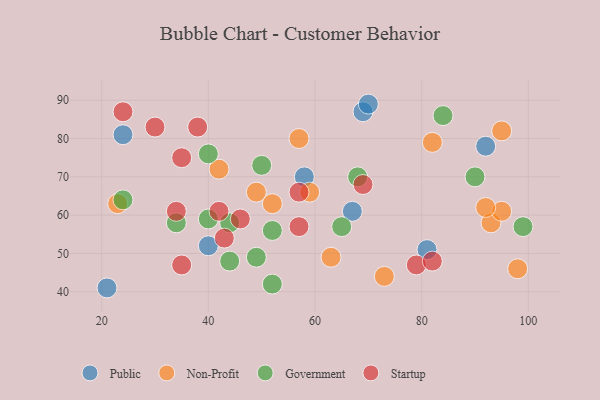
{"axis": {"x": "GDP", "y": "Life Expectancy"}, "legend": ["Government", "Non-Profit", "Public", "Startup"], "data": [{"x": "58", "y": 70, "type": "Public"}, {"x": "21", "y": 41, "type": "Public"}, {"x": "69", "y": 87, "type": "Public"}, {"x": "40", "y": 52, "type": "Public"}, {"x": "67", "y": 61, "type": "Public"}, {"x": "92", "y": 78, "type": "Public"}, {"x": "70", "y": 89, "type": "Public"}, {"x": "81", "y": 51, "type": "Public"}, {"x": "24", "y": 81, "type": "Public"}, {"x": "73", "y": 44, "type": "Non-Profit"}, {"x": "52", "y": 63, "type": "Non-Profit"}, {"x": "49", "y": 66, "type": "Non-Profit"}, {"x": "42", "y": 72, "type": "Non-Profit"}, {"x": "23", "y": 63, "type": "Non-Profit"}, {"x": "95", "y": 82, "type": "Non-Profit"}, {"x": "93", "y": 58, "type": "Non-Profit"}, {"x": "98", "y": 46, "type": "Non-Profit"}, {"x": "57", "y": 80, "type": "Non-Profit"}, {"x": "95", "y": 61, "type": "Non-Profit"}, {"x": "59", "y": 66, "type": "Non-Profit"}, {"x": "82", "y": 79, "type": "Non-Profit"}, {"x": "63", "y": 49, "type": "Non-Profit"}, {"x": "92", "y": 62, "type": "Non-Profit"}, {"x": "40", "y": 59, "type": "Government"}, {"x": "50", "y": 73, "type": "Government"}, {"x": "52", "y": 42, "type": "Government"}, {"x": "34", "y": 58, "type": "Government"}, {"x": "84", "y": 86, "type": "Government"}, {"x": "65", "y": 57, "type": "Government"}, {"x": "24", "y": 64, "type": "Government"}, {"x": "99", "y": 57, "type": "Government"}, {"x": "52", "y": 56, "type": "Government"}, {"x": "68", "y": 70, "type": "Government"}, {"x": "49", "y": 49, "type": "Government"}, {"x": "44", "y": 58, "type": "Government"}, {"x": "44", "y": 48, "type": "Government"}, {"x": "40", "y": 76, "type": "Government"}, {"x": "90", "y": 70, "type": "Government"}, {"x": "79", "y": 47, "type": "Startup"}, {"x": "43", "y": 54, "type": "Startup"}, {"x": "38", "y": 83, "type": "Startup"}, {"x": "82", "y": 48, "type": "Startup"}, {"x": "35", "y": 47, "type": "Startup"}, {"x": "46", "y": 59, "type": "Startup"}, {"x": "57", "y": 66, "type": "Startup"}, {"x": "24", "y": 87, "type": "Startup"}, {"x": "34", "y": 61, "type": "Startup"}, {"x": "35", "y": 75, "type": "Startup"}, {"x": "57", "y": 57, "type": "Startup"}, {"x": "69", "y": 68, "type": "Startup"}, {"x": "42", "y": 61, "type": "Startup"}, {"x": "30", "y": 83, "type": "Startup"}]}